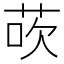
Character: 𫈀